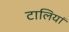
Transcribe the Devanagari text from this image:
टालियां